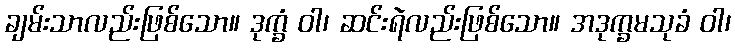
ချမ်းသာလည်းဖြစ်သော။ ဒုက္ခံ ဝါ၊ ဆင်းရဲလည်းဖြစ်သော။ အဒုက္ခမသုခံ ဝါ၊